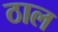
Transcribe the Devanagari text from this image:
ठाल